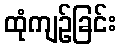
ထုံကျဉ်ခြင်း